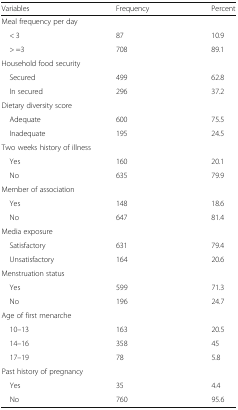
<table><thead><tr><td><b>Variables</b></td><td><b>Frequency</b></td><td><b>Percent</b></td></tr></thead><tbody><tr><td colspan="3">Meal frequency per day</td></tr><tr><td> &lt; 3</td><td>87</td><td>10.9</td></tr><tr><td> &gt; =3</td><td>708</td><td>89.1</td></tr><tr><td colspan="3">Household food security</td></tr><tr><td> Secured</td><td>499</td><td>62.8</td></tr><tr><td> In secured</td><td>296</td><td>37.2</td></tr><tr><td colspan="3">Dietary diversity score</td></tr><tr><td> Adequate</td><td>600</td><td>75.5</td></tr><tr><td> Inadequate</td><td>195</td><td>24.5</td></tr><tr><td colspan="3">Two weeks history of illness</td></tr><tr><td> Yes</td><td>160</td><td>20.1</td></tr><tr><td> No</td><td>635</td><td>79.9</td></tr><tr><td colspan="3">Member of association</td></tr><tr><td> Yes</td><td>148</td><td>18.6</td></tr><tr><td> No</td><td>647</td><td>81.4</td></tr><tr><td colspan="3">Media exposure</td></tr><tr><td> Satisfactory</td><td>631</td><td>79.4</td></tr><tr><td> Unsatisfactory</td><td>164</td><td>20.6</td></tr><tr><td colspan="3">Menstruation status</td></tr><tr><td> Yes</td><td>599</td><td>71.3</td></tr><tr><td> No</td><td>196</td><td>24.7</td></tr><tr><td colspan="3">Age of first menarche</td></tr><tr><td> 10–13</td><td>163</td><td>20.5</td></tr><tr><td> 14–16</td><td>358</td><td>45</td></tr><tr><td> 17–19</td><td>78</td><td>5.8</td></tr><tr><td colspan="3">Past history of pregnancy</td></tr><tr><td> Yes</td><td>35</td><td>4.4</td></tr><tr><td> No</td><td>760</td><td>95.6</td></tr></tbody></table>